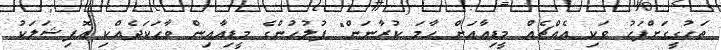
ތަހުގީގަށްފަހު ވަކި އެއްޗެއް މީޑިއާއަށް ހާމަ ކުރާނަން" ފުލުހުންގެ މީޑިއާއިން ވާހަކަދެއްކި އޮފިޝަލަކު